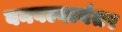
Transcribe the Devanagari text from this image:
बनवल्यानंतर